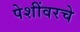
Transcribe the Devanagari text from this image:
पेशींवरचे